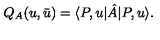
Q _ { A } ( u , \bar { u } ) = \langle P , u | \hat { A } | P , u \rangle .